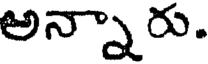
అన్నారు.